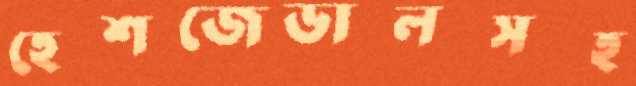
হেশজেডালসহ